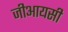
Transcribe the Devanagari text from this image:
जीआयसी